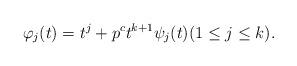
LaTeX: \begin{align*}\varphi_j(t)=t^j+p^ct^{k+1}\psi_j(t)(1\le j\le k).\end{align*}